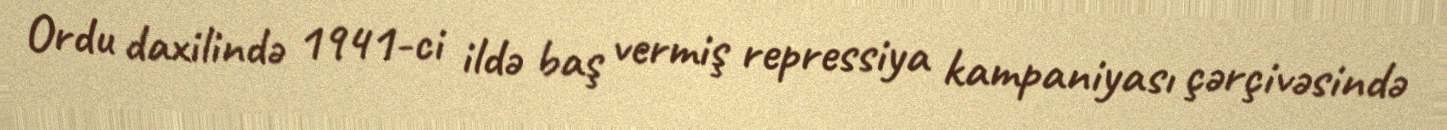
Ordu daxilində 1941-ci ildə baş vermiş repressiya kampaniyası çərçivəsində